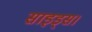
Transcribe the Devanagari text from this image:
साइड्स।